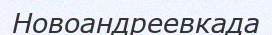
Новоандреевкада